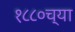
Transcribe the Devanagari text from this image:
१८८०च्या